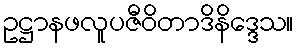
ဥဋ္ဌာနဖလူပဇီဝိတာဒိနိဒ္ဒေသ။